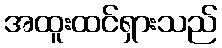
အထူးထင်ရှားသည်